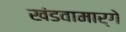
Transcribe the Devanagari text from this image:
खंडवामार्गे